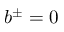
b ^ { \pm } = 0